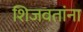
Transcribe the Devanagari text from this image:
शिजवतांना